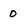
Character: 0